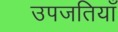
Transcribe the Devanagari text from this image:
उपजतियाँ